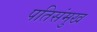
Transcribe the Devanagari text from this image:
पतिसंमुख